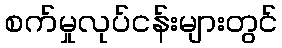
စက်မှုလုပ်ငန်းများတွင်